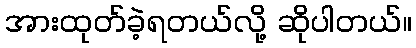
အားထုတ်ခဲ့ရတယ်လို့ ဆိုပါတယ်။